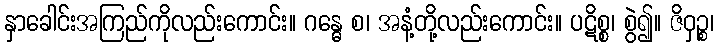
နှာခေါင်းအကြည်ကိုလည်းကောင်း။ ဂန္ဓေ စ၊ အနံ့တို့လည်းကောင်း။ ပဋိစ္စ၊ စွဲ၍။ ဇိဝှဉ္စ၊